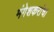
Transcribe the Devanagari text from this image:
मंगेशकरांचा